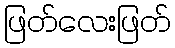
ဖြတ်လေးဖြတ်